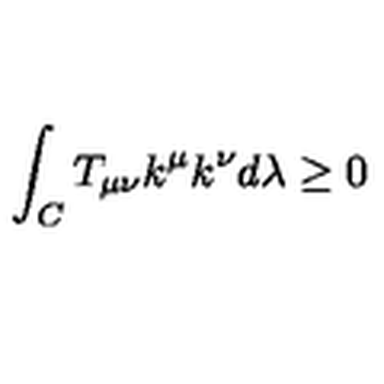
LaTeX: \int _ { C } T _ { \mu \nu } k ^ { \mu } k ^ { \nu } d \lambda \ge 0